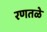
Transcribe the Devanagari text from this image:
रणतळे